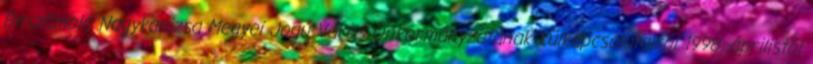
Beszámoló Nagykanizsa Megyei Jogú Város Önkormányzatának külkapcsolatairól 1998. áprilistól